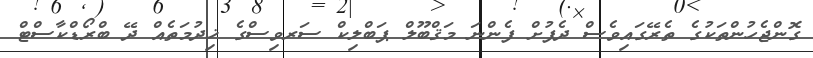
ގޮންޖެހުންތަކުގެ ތެރޭގައިވެސް ދެފުށް ފެންނަ މަޤްބޫލް ޕަބްލިކް ސަރވިސްގެ ޚިދުމަތެއް ދޭ ބްރޯޑްކާސްޓް